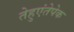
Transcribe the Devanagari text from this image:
तेहुएंतेपेक